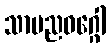
သာမညဝဂ္ဂေါ